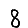
Digit: 8